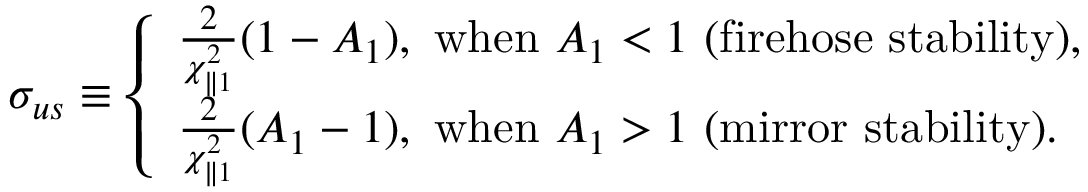
\sigma _ { u s } \equiv \left\{ \begin{array} { l } { \frac { 2 } { \chi _ { \parallel 1 } ^ { 2 } } ( 1 - A _ { 1 } ) , ~ \mathrm { w h e n } ~ A _ { 1 } < 1 ~ ( \mathrm { f i r e h o s e } ~ \mathrm { s t a b i l i t y } ) , } \\ { \frac { 2 } { \chi _ { \parallel 1 } ^ { 2 } } ( A _ { 1 } - 1 ) , ~ \mathrm { w h e n } ~ A _ { 1 } > 1 ~ ( \mathrm { m i r r o r } ~ \mathrm { s t a b i l i t y } ) . } \end{array} \right.